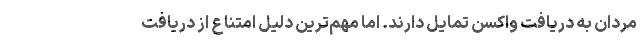
مردان به دریافت واکسن تمایل دارند. اما مهم‌ترین دلیل امتناع از دریافت